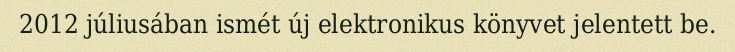
2012 júliusában ismét új elektronikus könyvet jelentett be.